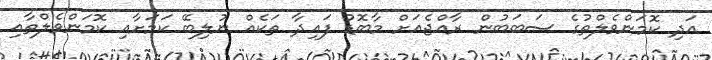
އަދި ކޮމަންވެލްތުގެ ސަބަބުން ރާއްޖެއަށް މާބޮޑު ފައިދާ ތަކެއް ނުލިބޭ ކަމަށާއި ކޮމަންވެލްތާއި